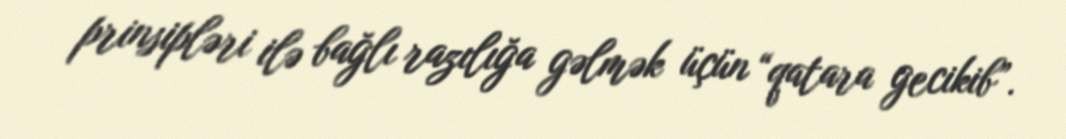
prinsipləri ilə bağlı razılığa gəlmək üçün “qatara gecikib”.